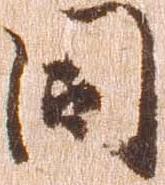
同